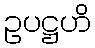
ဥပဋ္ဌဟိ